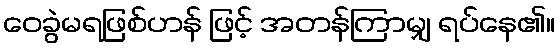
ဝေခွဲမရဖြစ်ဟန် ဖြင့် အတန်ကြာမျှ ရပ်နေ၏။